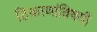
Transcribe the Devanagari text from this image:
ठिकाणांविषयी